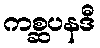
ကစ္ဆပနဒီ